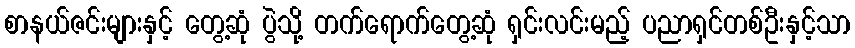
စာနယ်ဇင်းများနှင့် တွေ့ဆုံ ပွဲသို့ တက်ရောက်တွေ့ဆုံ ရှင်းလင်းမည့် ပညာရှင်တစ်ဦးနှင့်သာ